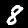
Label: 8